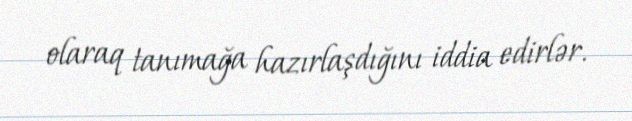
olaraq tanımağa hazırlaşdığını iddia edirlər.